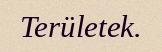
Területek.